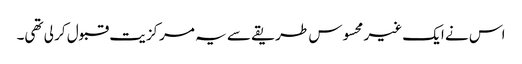
اس نے ایک غیر محسوس طریقے سے یہ مرکزیت قبول کر لی تھی۔